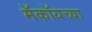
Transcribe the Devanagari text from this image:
मॅकॉयच्या